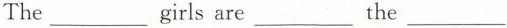
The ___ girls are___the___